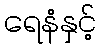
ရေနံနှင့်